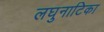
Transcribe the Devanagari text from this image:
लघुनाटिका